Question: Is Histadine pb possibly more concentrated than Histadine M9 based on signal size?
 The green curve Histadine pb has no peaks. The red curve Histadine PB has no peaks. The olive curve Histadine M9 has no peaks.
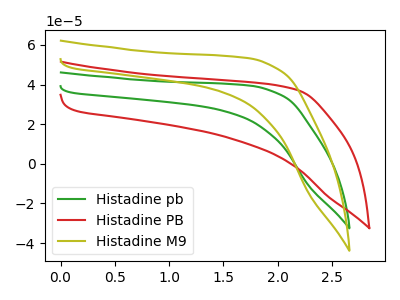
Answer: <think>Neither "Histadine pb" or "Histadine M9" have any peaks.
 </think>
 <answer>I cant tell if "Histadine pb" or "Histadine M9" has more signal.</answer>
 <eval>mixed_signal</eval>